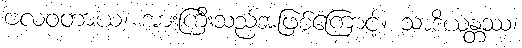
ဗလဝတာယ၊ အားကြီးသည်အဖြစ်ကြောင့်။ သာဒိယန္တဿ၊